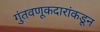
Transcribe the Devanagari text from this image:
गुंतवणूकदारांकडून